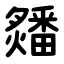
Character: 㸋